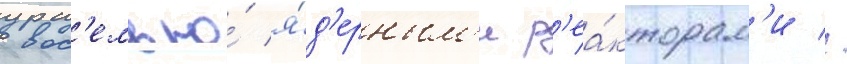
вос'емью́ я́д'ерным'и р'еа́кторам'и //